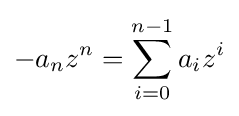
-a_{n}z^{n}=\sum _{i=0}^{n-1}a_{i}z^{i}